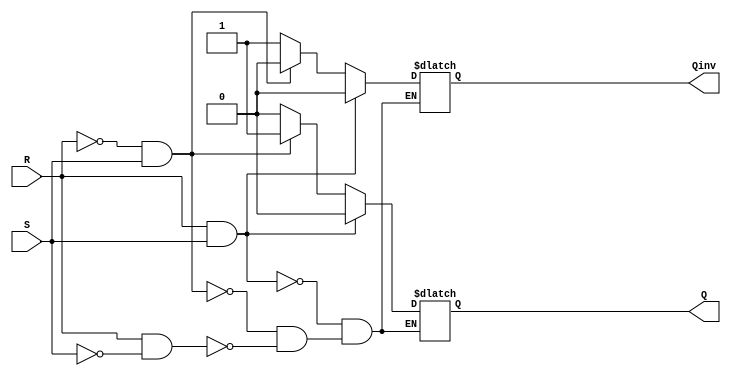
`timescale 1ns / 1ps
//////////////////////////////////////////////////////////////////////////////////
// Company: 
// Engineer: 
// 
// Design Name: 
// Module Name:    RS_latch 
// Project Name: 
// Target Devices: 
// Tool versions: 
// Description: 
//
// Dependencies: 
//
// Revision: 
// Revision 0.01 - File Created
// Additional Comments: 
//
//////////////////////////////////////////////////////////////////////////////////
module RS_latch(
    input R,
    input S,
    output Q,
    output Qinv
    );

	reg q, qinv;
	
	assign Q = q;
	assign Qinv = qinv;
	
	always @(R or S)
		begin
			if (R==1&&S==0)
					begin
						q = 0;
						qinv = 1;
					end
			if (R==0&&S==1)
				begin
					q=1;
					qinv =0;
				end
			if (R==1&&S==1)
				begin
					q=0;
					qinv =0;
				end
		end
endmodule